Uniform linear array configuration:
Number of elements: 16
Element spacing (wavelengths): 1
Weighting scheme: uniform
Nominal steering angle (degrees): -60
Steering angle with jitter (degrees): -58.836
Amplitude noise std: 0.05
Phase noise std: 0.05

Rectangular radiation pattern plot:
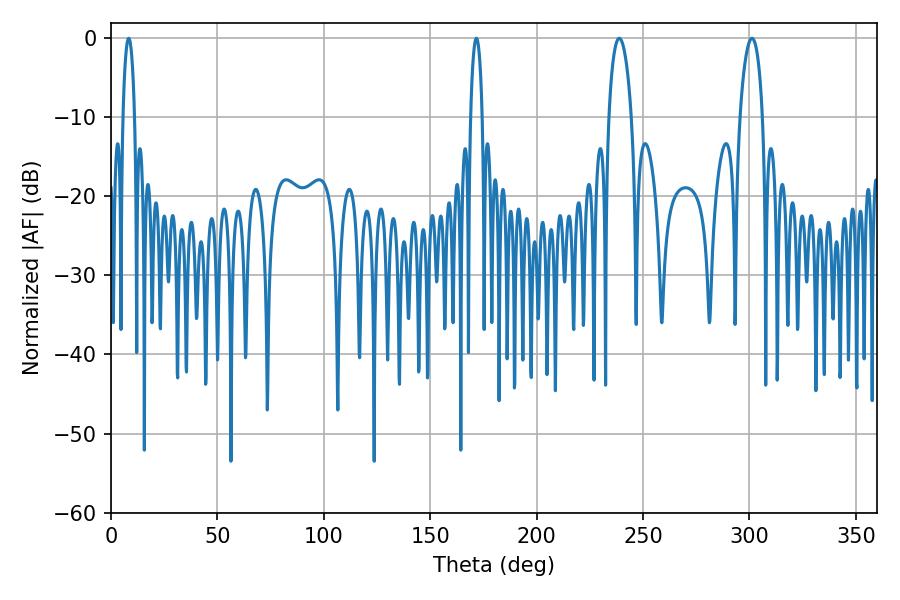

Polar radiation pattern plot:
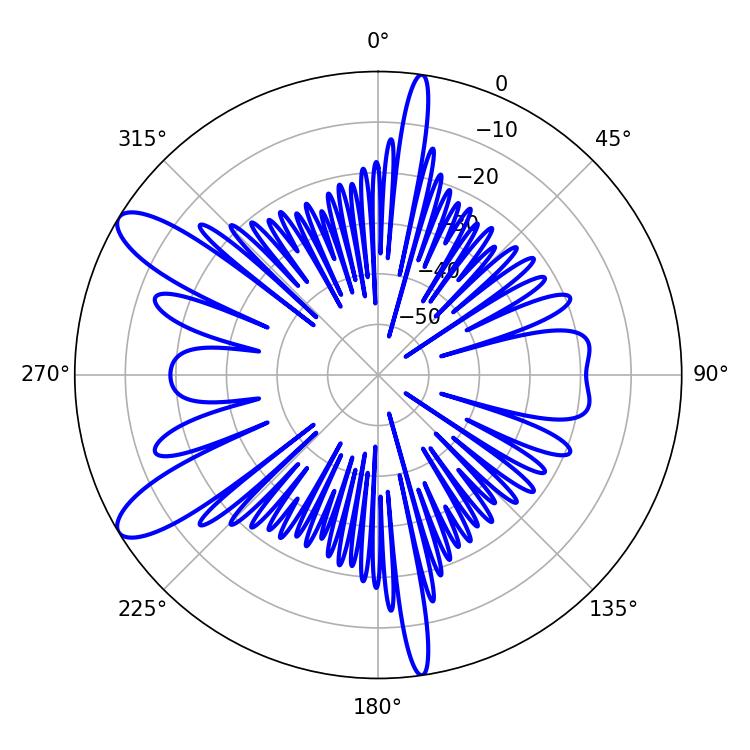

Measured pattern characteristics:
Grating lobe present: TRUE
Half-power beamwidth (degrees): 5.94
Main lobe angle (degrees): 238.86